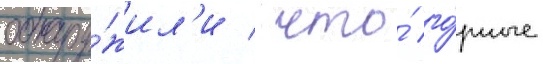
обнару́жил'и / что́ го́рные